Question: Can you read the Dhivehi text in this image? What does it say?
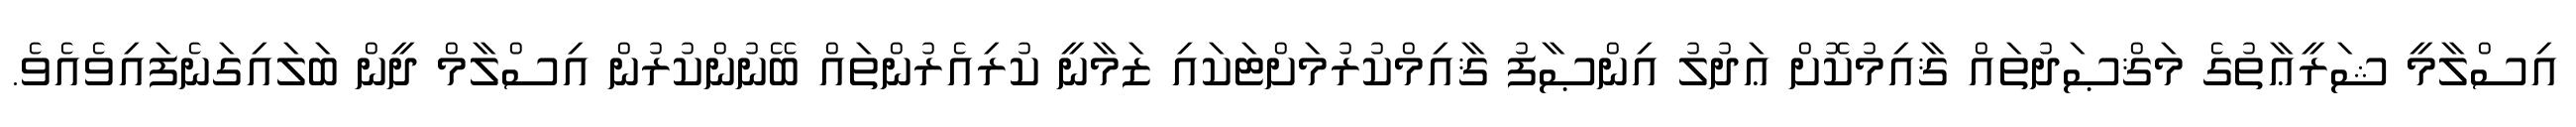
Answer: އިސްލާމީ ޝަރީޢާތުގެ މަޤްޞަދުތައް ޤާއިމުކޮށް ޢަދުލު އިންޞާފު ޤާއިމްކުރުމަށްޓަކައި ޒަމާނީ ކުރިއެރުންތައް ބޭނުންކުރުން އިސްލާމް ދީން ބަލައިގަނެފައިވެއެވެ.